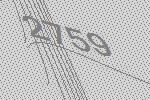
2759